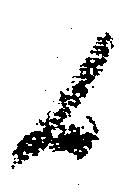
候